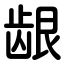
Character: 龈